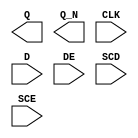
module sky130_fd_sc_hs__sedfxbp (
    Q  ,
    Q_N,
    CLK,
    D  ,
    DE ,
    SCD,
    SCE
);

    output Q  ;
    output Q_N;
    input  CLK;
    input  D  ;
    input  DE ;
    input  SCD;
    input  SCE;

    // Voltage supply signals
    supply1 VPWR;
    supply0 VGND;

endmodule